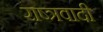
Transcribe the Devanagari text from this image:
राष्त्रवादी